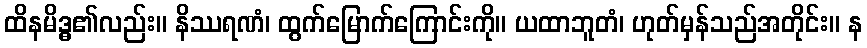
ထိနမိဒ္ဓ၏လည်း။ နိဿရဏံ၊ ထွက်မြောက်ကြောင်းကို။ ယထာဘူတံ၊ ဟုတ်မှန်သည်အတိုင်း။ န